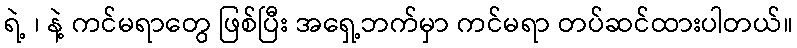
ရဲ့ ၊ နဲ့ ကင်မရာတွေ ဖြစ်ပြီး အရှေ့ဘက်မှာ ကင်မရာ တပ်ဆင်ထားပါတယ်။